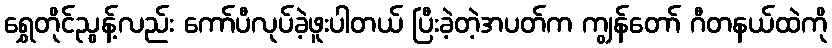
ရွှေတိုင်ညွန့်လည်း ကော်ပီလုပ်ခဲ့ဖူးပါတယ် ပြီးခဲ့တဲ့အပတ်က ကျွန်တော် ဂီတနယ်ထဲကို